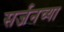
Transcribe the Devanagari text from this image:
सर्जनच्या